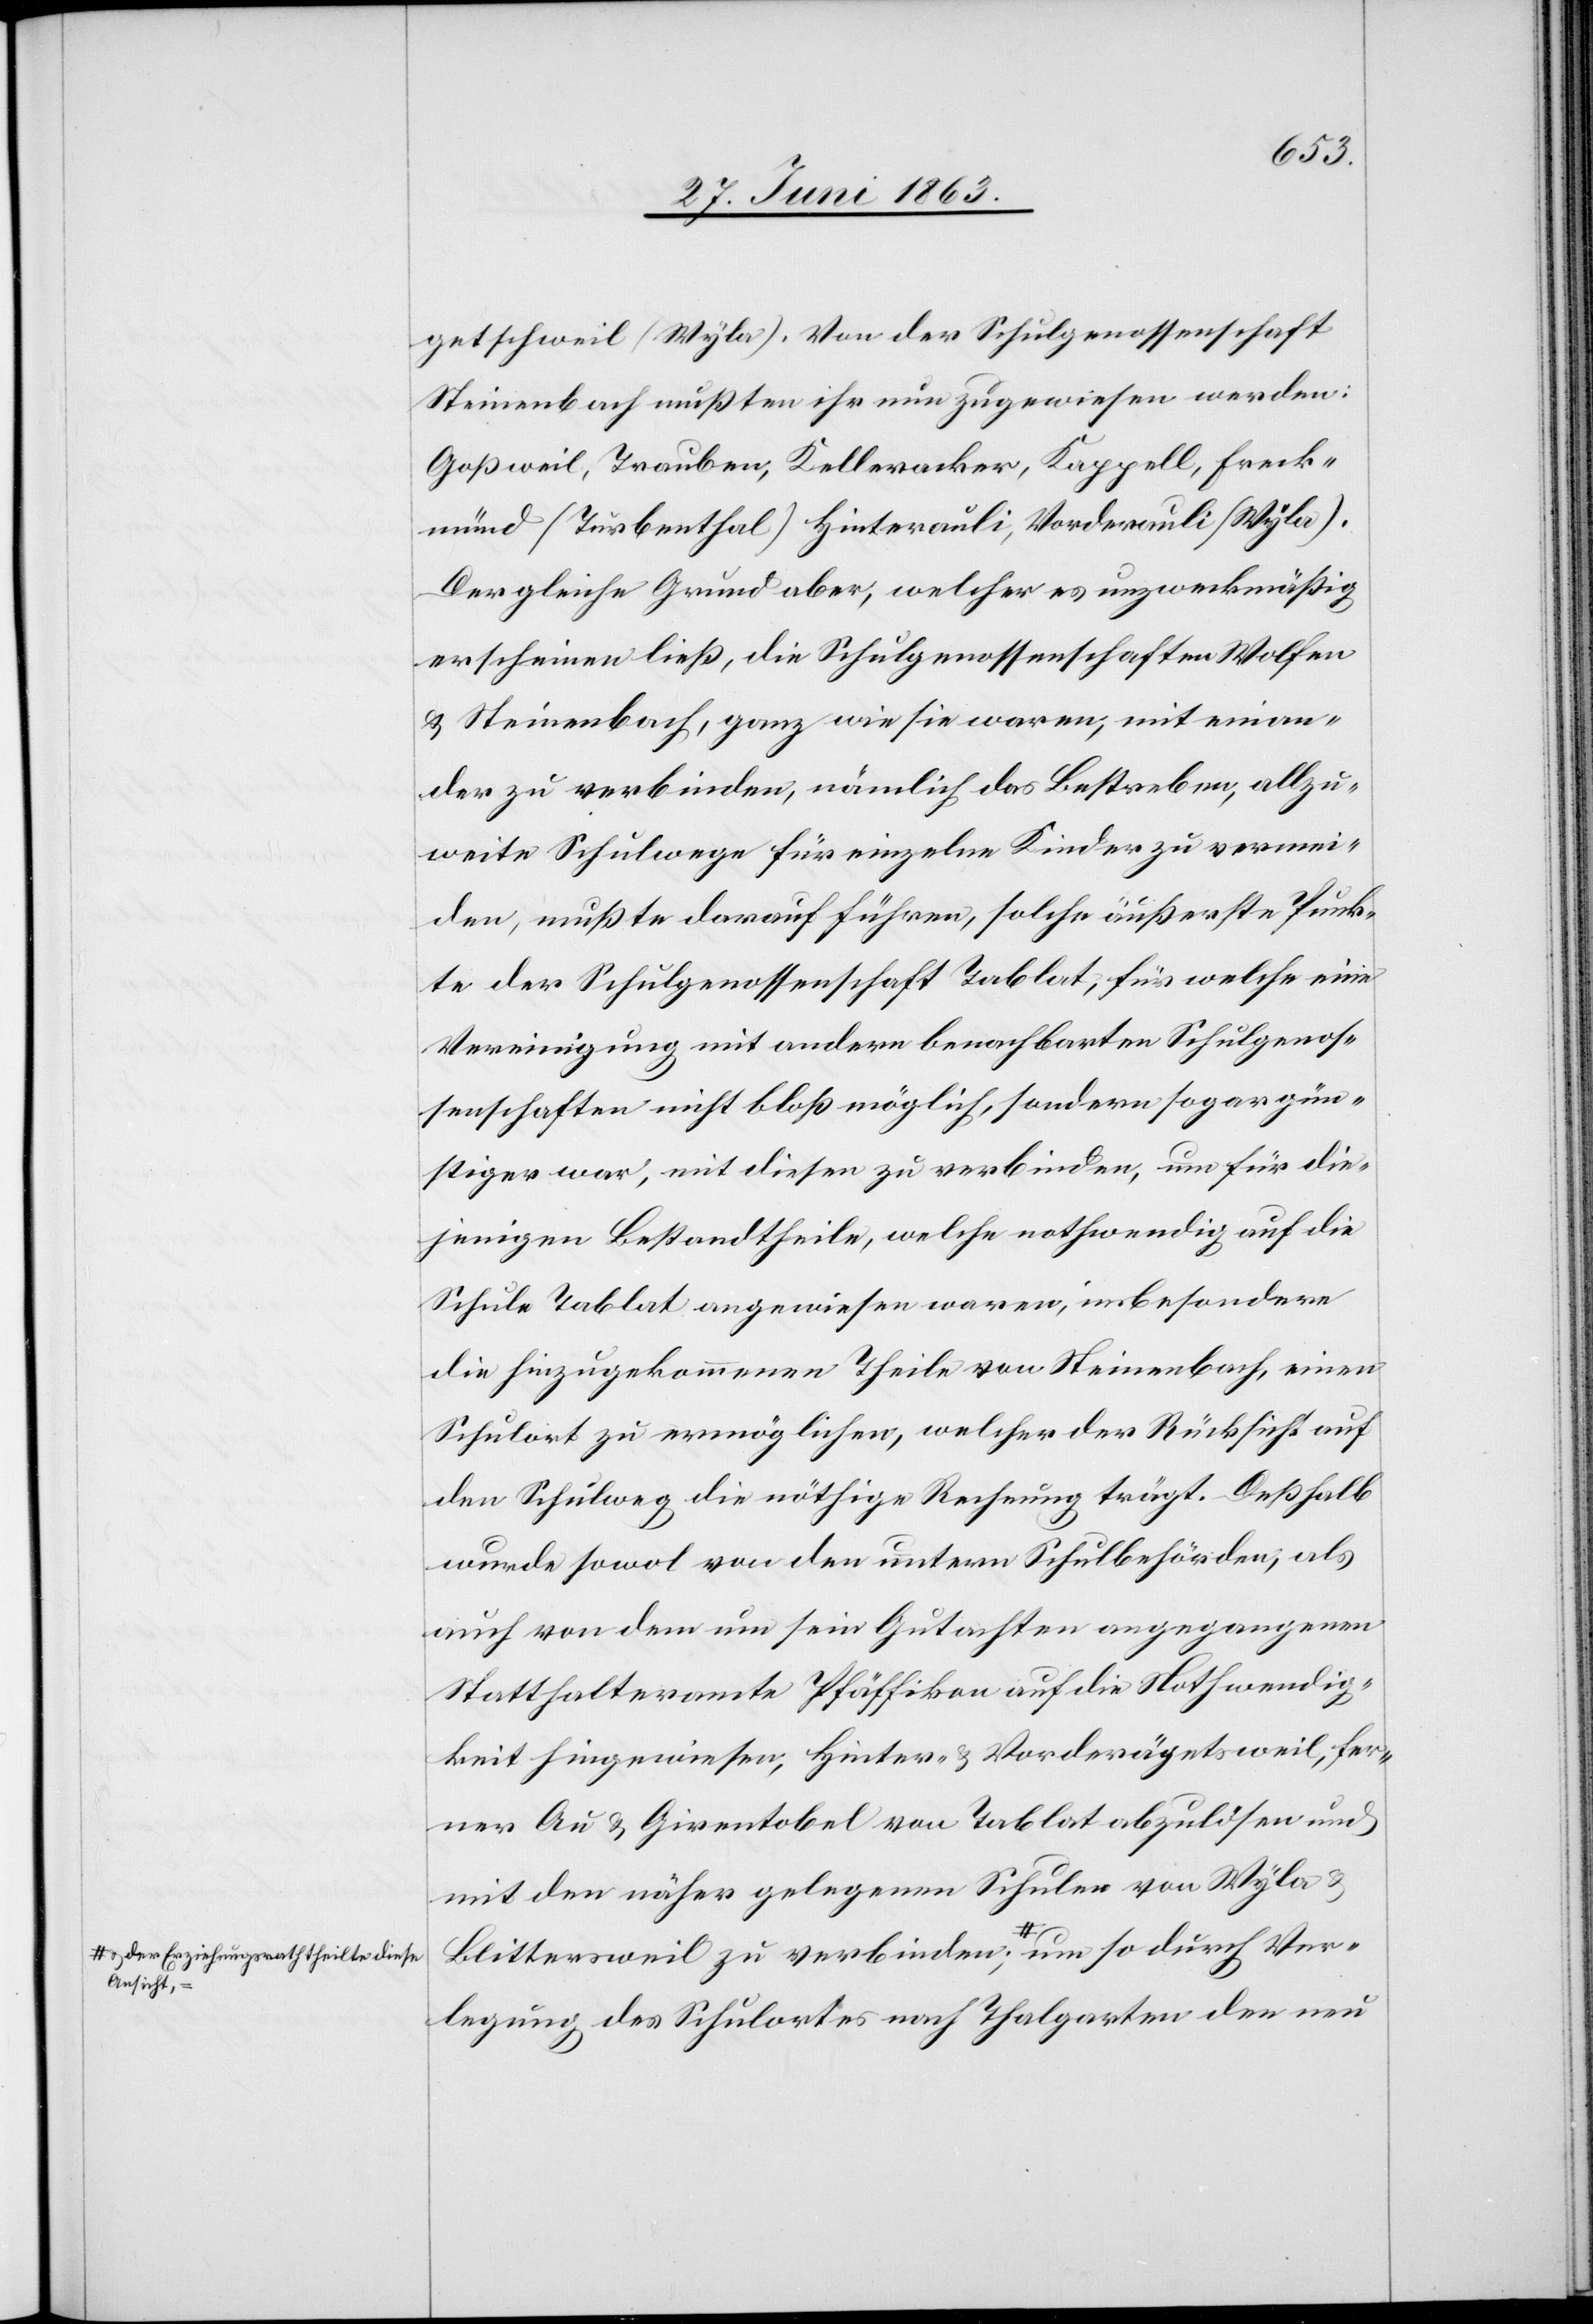
Ansicht,-a

Ver¬
getschweil (Wyla). Von der Schulgenossenschaft
Steinenbach mußten ihr nun zugewiesen werden:
Goßweil, Trauben, Kelleracker, Kappell, Freck¬
münd (Turbenthal)[,] Hinterauli, Vorderauli (Wyla).
Der gleiche Grund aber, welcher es unzweckmäßig
erscheinen ließ, die Schulgenossenschaften Wolfen
& Steinenbach, ganz wie sie waren, mit einan¬
der zu verbinden, nämlich das Bestreben, allzu¬
weite Schulwege für einzelne Kinder zu vermei¬
den, mußte darauf führen, solche äußerste Punk¬
te der Schulgenossenschaft Tablat, für welche eine
Vereinigung mit andern benachbarten Schulgenos¬
senschaften nicht bloß möglich, sondern sogar gün¬
stiger war, mit diesen zu verbinden, um für die¬
jenigen Bestandtheile, welche nothwendig auf die
Schule Tablat angewiesen waren, insbesondere
die hinzugekommenen Theile von Steinenbach, einen
Schulort zu ermöglichen, welcher der Rücksicht auf
den Schulweg die nöthige Rechnung trägt. Deßhalb
wurde sowol von den untern Schulbehörden, als
auch von dem um sein Gutachten angegangenen
Statthalteramte Pfäffikon auf die Nothwendig¬
keit hingewiesen, Hinter- & Vorderägetsweil [si¬
ner Au & Girentobel von Tablat abzulösen und
mit den näher gelegenen Schulen von Wyla &
Blittersweil zu verbinden; a-& der Er¬
legung des Schulortes nach Thalgarten den neu